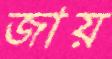
জায়